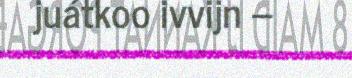
juátkoo ivvijn –